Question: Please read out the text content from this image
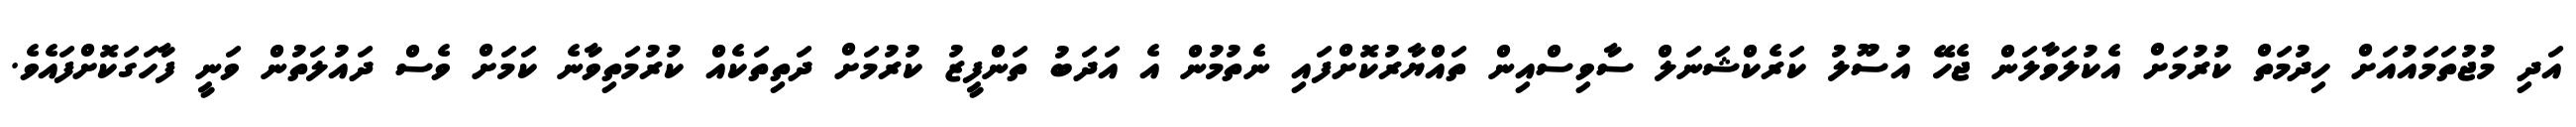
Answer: އަދި މުޖުތަމައުއަށް ހިދުމަތް ކުރުމަށް އެކުލަވާލަން ޖެހޭ އުސޫލު ކަރެކްޝަނަލް ސާވިސްއިން ތައްޔާރުކޮށްފައި ނެތުމުން އެ އަދަބު ތަންފީޒު ކުރުމަށް ދަތިތަކެއް ކުރުމަތިވާނެ ކަމަށް ވެސް ދައުލަތުން ވަނީ ފާހަގަކޮށްފައެވެ.